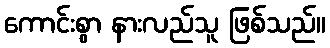
ကောင်းစွာ နားလည်သူ ဖြစ်သည်။